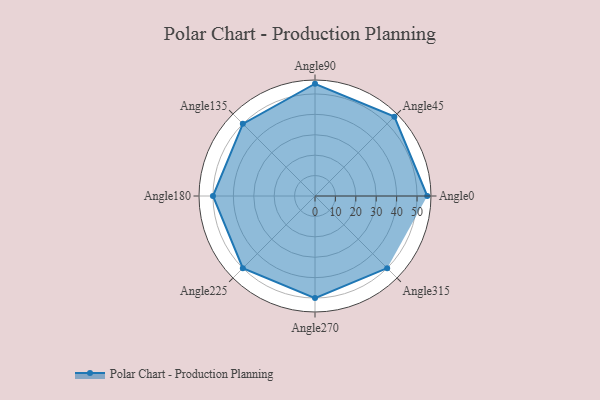
{"axis": {"x": "Angle", "y": "Radius"}, "legend": [""], "data": [{"x": "Angle0", "y": 55.0, "type": ""}, {"x": "Angle45", "y": 55.0, "type": ""}, {"x": "Angle90", "y": 55.0, "type": ""}, {"x": "Angle135", "y": 50, "type": ""}, {"x": "Angle180", "y": 50, "type": ""}, {"x": "Angle225", "y": 50, "type": ""}, {"x": "Angle270", "y": 50.0, "type": ""}, {"x": "Angle315", "y": 50, "type": ""}]}